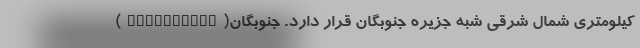
کیلومتری شمال شرقی شبه جزیره جنوبگان قرار دارد. جنوبگان(Antarctica)